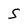
Character: S